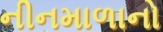
નીનમાળાનો